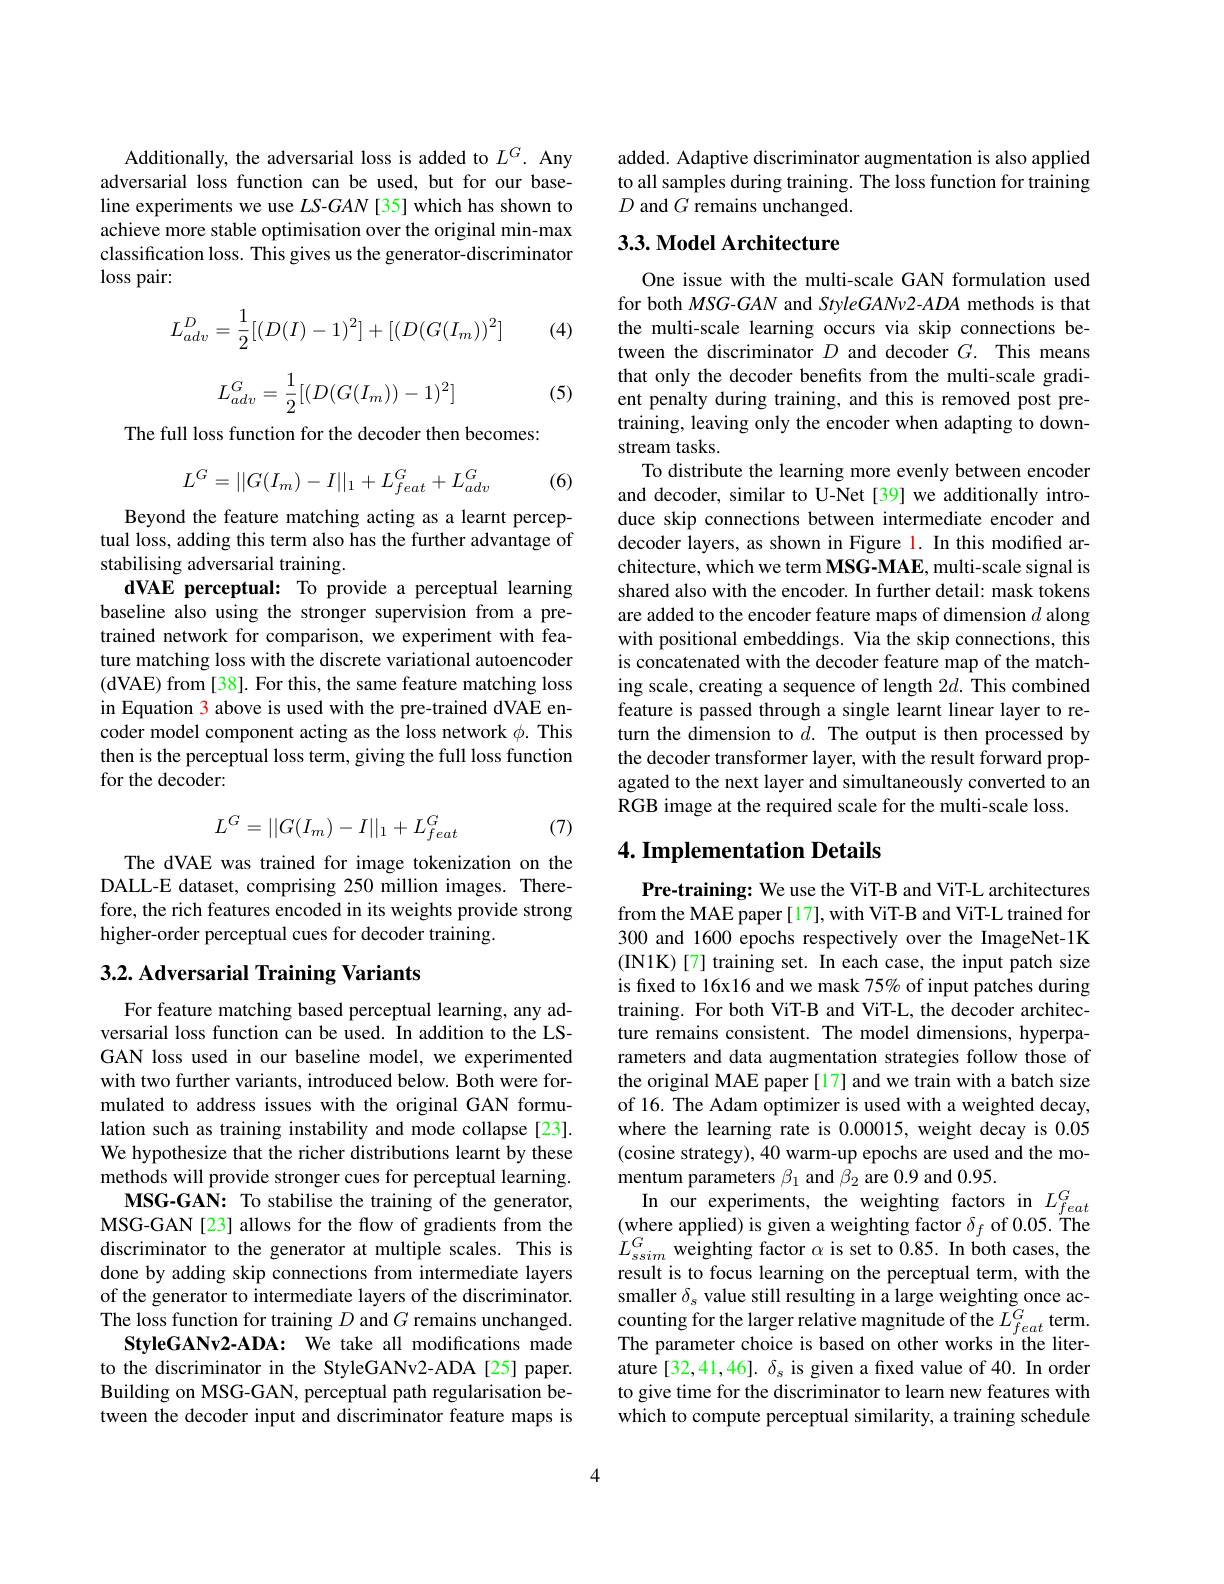
Additionally, the adversarial loss is added to $L^G.$ Any adversarial loss function can be used, but for our baseline experiments we use $LS-GAN$ [35] which has shown to achieve more stable optimisation over the original min-max classification loss. This gives us the generator-discriminator $\log$ss pair:

(4)
$$L_{adv}^D=\dfrac{1}{2}[(D(I)-1)^2]+[(D(G(I_m))^2]$$
$$L_{adv}^G=\dfrac{1}{2}[(D(G(I_m))-1)^2]$$
(5)

The full loss function for the decoder then becomes:
$$L^G=||G(I_m)-I||_1+L_{feat}^G+L_{adv}^G$$
(6)

Beyond the feature matching acting as a learnt perceptual loss, adding this term also has the further advantage of stabilising adversarial training.
dVAE perceptual: To provide a perceptual learning baseline also using the stronger supervision from a pretrained network for comparison, we experiment with feature matching loss with the discrete variational autoencoder ( dVAE) from [ 38] . For this, the same feature matching loss in Equation 3 above is used with the pre-trained dVAE encoder model component acting as the loss network $\phi.$ This then is the perceptual loss term, giving the full loss function for the decoder:

(7)
$$L^G=||G(I_m)-I||_1+L_{feat}^G$$
The dVAE was trained for image tokenization on the DALL-E dataset, comprising 250 million images. Therefore, the rich features encoded in its weights provide strong higher-order perceptual cues for decoder training.

## $3. 2. \textbf{ Adversarial Training Variants}$

For feature matching based perceptual learning, any adversarial loss function can be used. In addition to the LSGAN loss used in our baseline model, we experimented with two further variants, introduced below. Both were formulated to address issues with the original GAN formulation such as training instability and mode collapse [23]. We hypothesize that the richer distributions learnt by these methods will provide stronger cues for perceptual learning.
MSG-GAN: To stabilise the training of the generator, MSG-GAN[23] allows for the flow of gradients from the discriminator to the generator at multiple scales. This is done by adding skip connections from intermediate layers of the generator to intermediate layers of the discriminator. The loss function for training $D$ and $G$ remains unchanged.
StyleGANv2-ADA: We take all modifications made to the discriminator in the StyleGANv2-ADA[25]paper. Building on MSG-GAN, perceptual path regularisation between the decoder input and discriminator feature maps is

added. Adaptive discriminator augmentation is also applied to all samples during training. The loss function for training $D$ and $G$ remains unchanged.

## 3.3. Model Architecture

One issue with the multi-scale GAN formulation used for both $MSG$-GAN and StyleGANv2-ADA methods is that the multi-scale learning occurs via skip connections between the discriminator $D$ and decoder $G.$ This means that only the decoder benefits from the multi-scale gradient penalty during training, and this is removed post pretraining, leaving only the encoder when adapting to downstream tasks.
To distribute the learning more evenly between encoder and decoder, similar to U-Net[39] we additionally introduce skip connections between intermediate encoder and decoder layers, as shown in Figure 1. In this modified architecture, which we term MSG-MAE, multi-scale signal is shared also with the encoder. In further detail: mask tokens are added to the encoder feature maps of dimension $d$ along with positional embeddings. Via the skip connections, this is concatenated with the decoder feature map of the matching scale, creating a sequence of length $2d.$ This combined feature is passed through a single learnt linear layer to return the dimension to $d.$ The output is then processed by the decoder transformer layer, with the result forward propagated to the next layer and simultaneously converted to an RGB image at the required scale for the multi-scale loss.

## 4. Implementation Details

Pre-training: We use the ViT-B and ViT-L architectures from the MAE paper [17], with ViT-B and ViT-L trained for 300 and 1600 epochs respectively over the ImageNet-1K (IN1K)[7] training set. In each case, the input patch size is fixed to 16x16 and we mask 75% of input patches during training. For both ViT-B and ViT-L, the decoder architecture remains consistent. The model dimensions, hyperparameters and data augmentation strategies follow those of the original MAE paper [17] and we train with a batch size of 16. The Adam optimizer is used with a weighted decay, where the learning rate is 0.00015, weight decay is 0.05 (cosine strategy), 40 warm-up epochs are used and the momentum parameters $\beta_1$ and $\beta_2$ are 0.9 and 0.95.
$\begin{array}{cc}\mathrm{In~our~experiments,~the~weighting~factors~in~}L_{feat}^{G}\\\mathrm{(where~applied)~is~given~a~weighting~factor~\delta_{f}~of~0.05.~The}\\L_{ssim}^{G}\text{weighting factor}\alpha\text{ is set to 0.85. In both cases, the}\end{array}$ result is to focus learning on the perceptual term, with the smaller $\delta_s$ value still resulting in a large weighting once accounting for the larger relative magnitude of the $L_{feat}^G$ term. The parameter choice is based on other works in the literature[32,41,46]. $\delta_s$ is given a fixed value of 40. In order to give time for the discriminator to learn new features with which to compute perceptual similarity, a training schedule

4